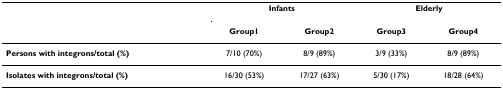
<table><thead><tr><td></td><td colspan="2"><b>Infants</b></td><td colspan="2"><b>Elderly</b></td></tr><tr><td></td><td><b>Group1</b></td><td><b>Group2</b></td><td><b>Group3</b></td><td><b>Group4</b></td></tr></thead><tbody><tr><td><b>Persons with integrons/total (%)</b></td><td>7/10 (70%)</td><td>8/9 (89%)</td><td>3/9 (33%)</td><td>8/9 (89%)</td></tr><tr><td><b>Isolates with integrons/total (%)</b></td><td>16/30 (53%)</td><td>17/27 (63%)</td><td>5/30 (17%)</td><td>18/28 (64%)</td></tr></tbody></table>